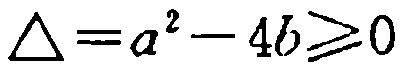
\(\Delta = a^{2} - 4b \geq 0\)